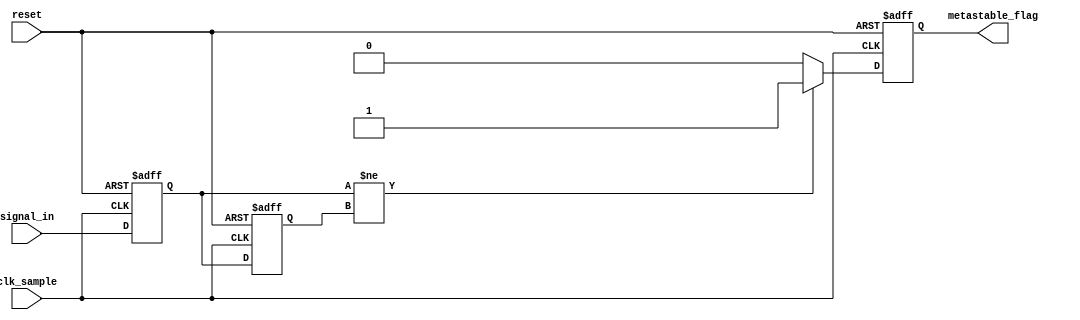
module metastability_detector (
    input wire clk_sample,          // Sampling clock
    input wire reset,               // Asynchronous reset
    input wire signal_in,           // Input signal to monitor
    output reg metastable_flag      // Output flag indicating metastability
);

    // Internal signals for the two stages of flip-flops
    reg signal_in_reg1;             // First stage
    reg signal_in_reg2;             // Second stage

    // Metastability detection logic
    reg signal_in_reg1_prev;        // Previous value of first stage

    // Sequential logic for capturing the input signal
    always @(posedge clk_sample or posedge reset) begin
        if (reset) begin
            // Reset the registers and flag
            signal_in_reg1 <= 1'b0;
            signal_in_reg2 <= 1'b0;
            metastable_flag <= 1'b0;
            signal_in_reg1_prev <= 1'b0;
        end else begin
            // Sample the input signal
            signal_in_reg1 <= signal_in;            // First flip-flop
            signal_in_reg2 <= signal_in_reg1;       // Second flip-flop

            // Detect metastability condition
            if (signal_in_reg1 != signal_in_reg1_prev) begin
                // If the output of the first flip-flop changes
                metastable_flag <= 1'b1;             // Set metastability flag
            end else begin
                metastable_flag <= 1'b0;              // Clear flag if stable
            end

            // Update previous state for next clock cycle
            signal_in_reg1_prev <= signal_in_reg1;
        end
    end

endmodule